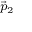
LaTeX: \scriptstyle { \vec { p } } _ { 2 }